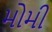
મોમી